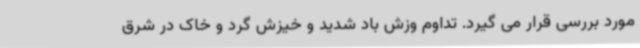
مورد بررسی قرار می گیرد. تداوم وزش باد شدید و خیزش گرد و خاک در شرق